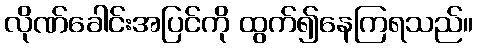
လိုဏ်ခေါင်းအပြင်ကို ထွက်၍နေကြရသည်။